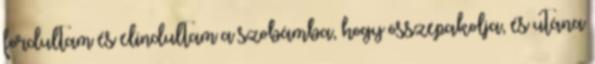
fordultam és elindultam a szobámba, hogy összepakolja, és utána